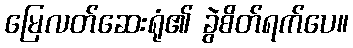
မြေလတ်ဆေးရုံ၏ ခွဲစိတ်ရက်ပေ။